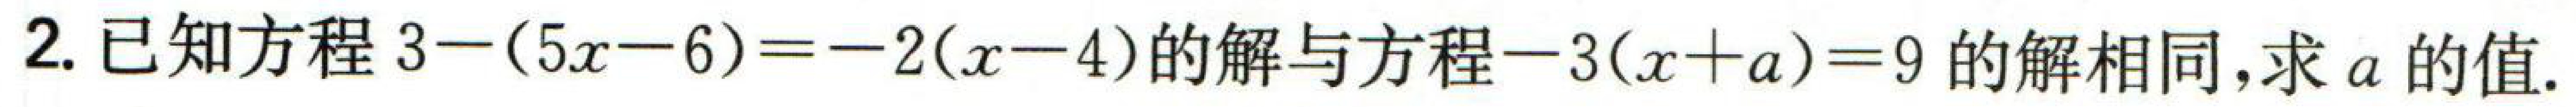
2. 已知方程 \(3-(5x - 6)=-2(x - 4)\) 的解与方程 \(-3(x + a)=9\) 的解相同，求 \(a\) 的值.